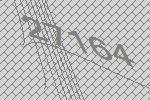
27164